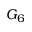
G _ { 6 }